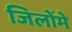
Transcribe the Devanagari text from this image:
जिलोंमे